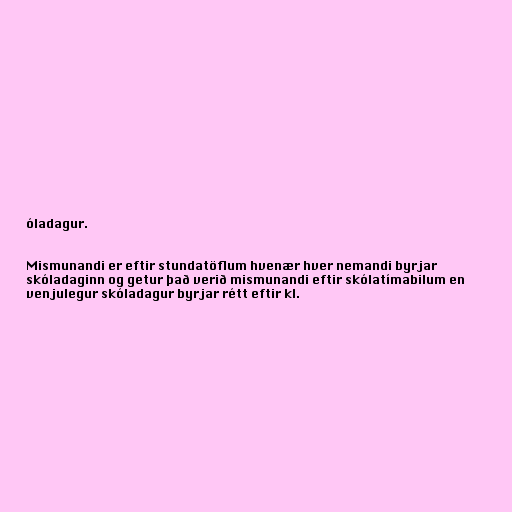
óladagur.

Mismunandi er eftir stundatöflum hvenær hver nemandi byrjar
skóladaginn og getur það verið mismunandi eftir skólatímabilum en
venjulegur skóladagur byrjar rétt eftir kl.